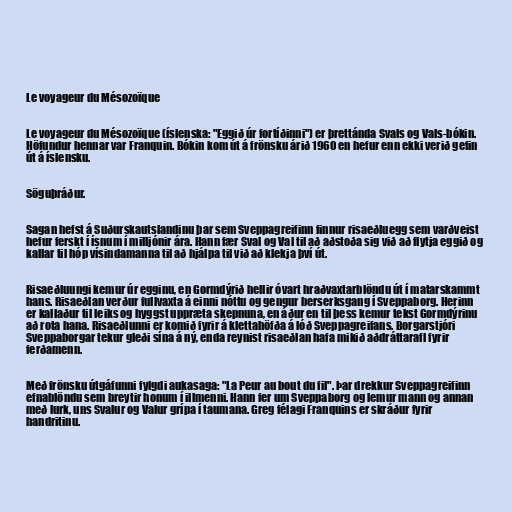
Le voyageur du Mésozoïque

Le voyageur du Mésozoïque (íslenska: "Eggið úr fortíðinni") er þrettánda Svals og Vals-bókin.
Höfundur hennar var Franquin. Bókin kom út á frönsku árið 1960 en hefur enn ekki verið gefin
út á íslensku.

Söguþráður.

Sagan hefst á Suðurskautslandinu þar sem Sveppagreifinn finnur risaeðluegg sem varðveist
hefur ferskt í ísnum í milljónir ára. Hann fær Sval og Val til að aðstoða sig við að flytja eggið og
kallar til hóp vísindamanna til að hjálpa til við að klekja því út.

Risaeðluungi kemur úr egginu, en Gormdýrið hellir óvart hraðvaxtarblöndu út í matarskammt
hans. Risaeðlan verður fullvaxta á einni nóttu og gengur berserksgang í Sveppaborg. Herinn
er kallaður til leiks og hyggst uppræta skepnuna, en áður en til þess kemur tekst Gormdýrinu
að rota hana. Risaeðlunni er komið fyrir á klettahöfða á lóð Sveppagreifans. Borgarstjóri
Sveppaborgar tekur gleði sína á ný, enda reynist risaeðlan hafa mikið aðdráttarafl fyrir
ferðamenn.

Með frönsku útgáfunni fylgdi aukasaga: "La Peur au bout du fil". Þar drekkur Sveppagreifinn
efnablöndu sem breytir honum í illmenni. Hann fer um Sveppaborg og lemur mann og annan
með lurk, uns Svalur og Valur grípa í taumana. Greg félagi Franquins er skráður fyrir
handritinu.